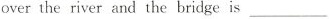
over the river and the bridge is ___